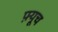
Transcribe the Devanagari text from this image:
फ़्यूच